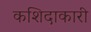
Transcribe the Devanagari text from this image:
कशिदाकारी